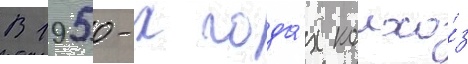
В 1950-х года́х колхо́з